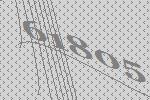
61805